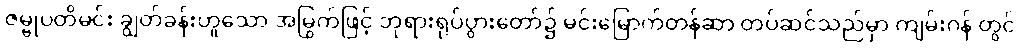
ဇမ္ဗုပတိမင်း ချွတ်ခန်းဟူသော အမြွက်ဖြင့် ဘုရားရုပ်ပွားတော်၌ မင်းမြောက်တန်ဆာ တပ်ဆင်သည်မှာ ကျမ်းဂန် တွင်